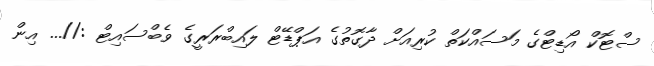
ސްޓޮކް އޯޑިޓްގެ މަސައްކަތް ކުރިއަށް ދާގޮތުގެ އަޕްޑޭޓް ލައިބްރަރީގެ ވެބްސައިޓް ://... އިން